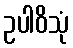
ဥပါဝိသုံ